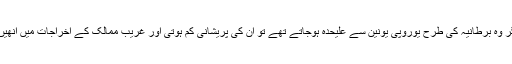
ان کا خیال ہے کہ اگر وہ برطانیہ کی طرح یوروپی یونین سے علیحدہ ہوجاتے تھے تو ان کی پریشانی کم ہوتی اور غریب ممالک کے اخراجات میں انھیں حصہ نہیں لینا پڑتا۔